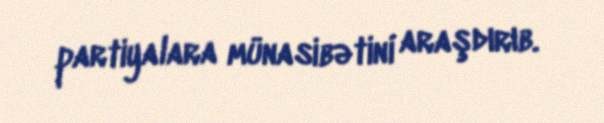
partiyalara münasibətini araşdırıb.